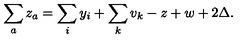
\sum _ { a } z _ { a } = \sum _ { i } y _ { i } + \sum _ { k } v _ { k } - z + w + 2 \Delta .